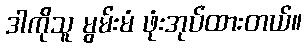
ဒါကိုသူ မွမ်းမံ ဖုံးအုပ်ထားတယ်။